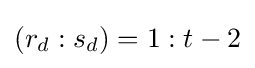
(r_{d}:s_{d})=1:t-2